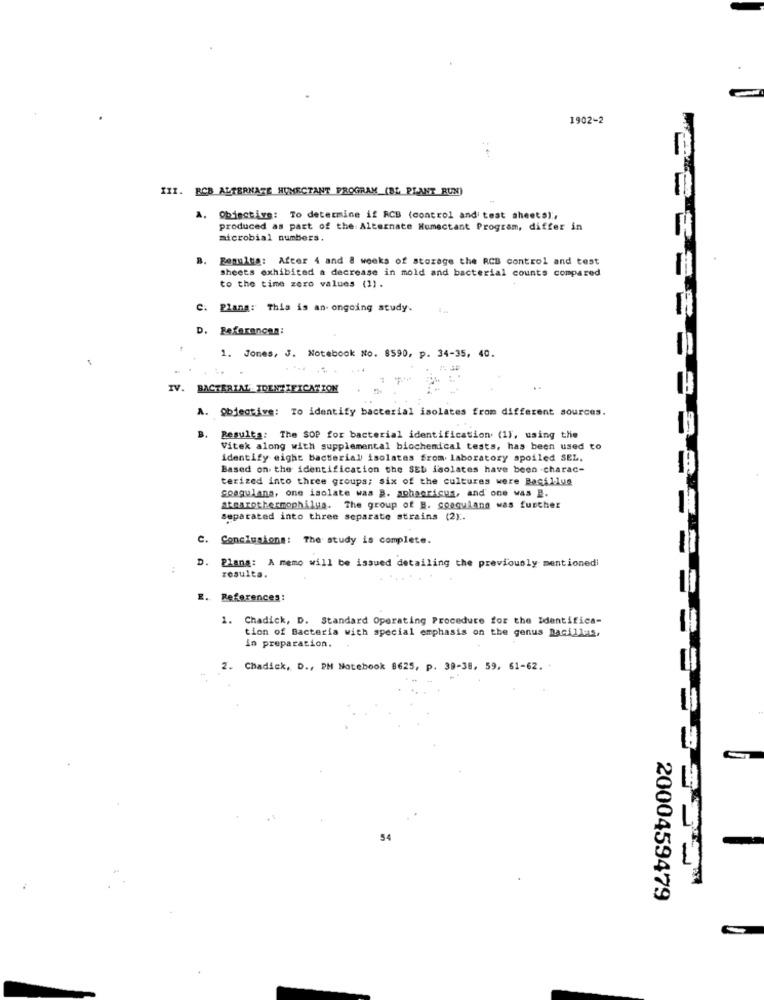
1902-2
III. BCB ALTERNATE HUMECTANT PROGRAM (BL PLANT RUN)
A. Obiective: To determine if RCB (control and' test sheets),
produced as part of the Alternate Humectant Program, differ in
H
microbial numbers.
B.
Benulus: After 4 and & weeks of storage the RCB control and test
sheets exhibited a decrease in mold and bacterial counts compared
to the time zero values (1).
C. Plana: This is an ongoing study.
D. Referancan:
1. Jones, J. Notebook No. 8590, p. 34-35, 40.
IV. BACTERIAL IDENTIFICATION
A. Objective: To identify bacterial isolates from different sources.
B.
Resulta: The SOP for bacterial identification (1), using the
Vitek along with supplemental biochemical tests, has been used to
identify eight bacterial isolates from laboratory spoiled SEL.
Based on the identification the SEL isolates have been .charac-
terized into three groups; six of the cultures were Bacillus
coagulana, one isolate was B. aphenricus, and one was B.
stearothermophilus. The group of B. coagulang was further
separated into three separate strains (2).
C. Conclusions: The study is complete.
D. Plang: A memo will be issued detailing the previously mentionedi
resulta.
E. References:
1. Chadick, D. Standard Operating Procedure for the Identifica-
tion of Bacteria with special emphasis on the genus Bacillus,
in preparation.
2. Chadick, D ., PM Notebook 8625, p. 39-38, 59, 61-62.
54
== 3332
2000459479